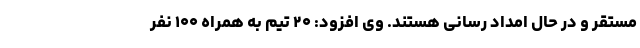
مستقر و در حال امداد رسانی هستند. وی افزود: ۲۰ تیم به همراه ۱۰۰ نفر